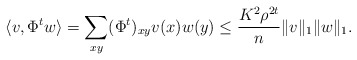
\begin{align*}\langle v, \Phi^t w\rangle =\sum_{xy} (\Phi^t)_{xy}v(x)w(y)\leq \frac{K^2\rho^{2t}}{n} \|v\|_1 \|w\|_1.\end{align*}